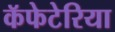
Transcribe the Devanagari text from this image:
कॅफेटेरिया